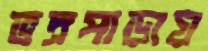
ভদ্রপাড়ায়